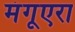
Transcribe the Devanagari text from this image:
मंगूएरा